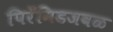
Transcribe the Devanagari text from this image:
पिरॅमिडजवळ